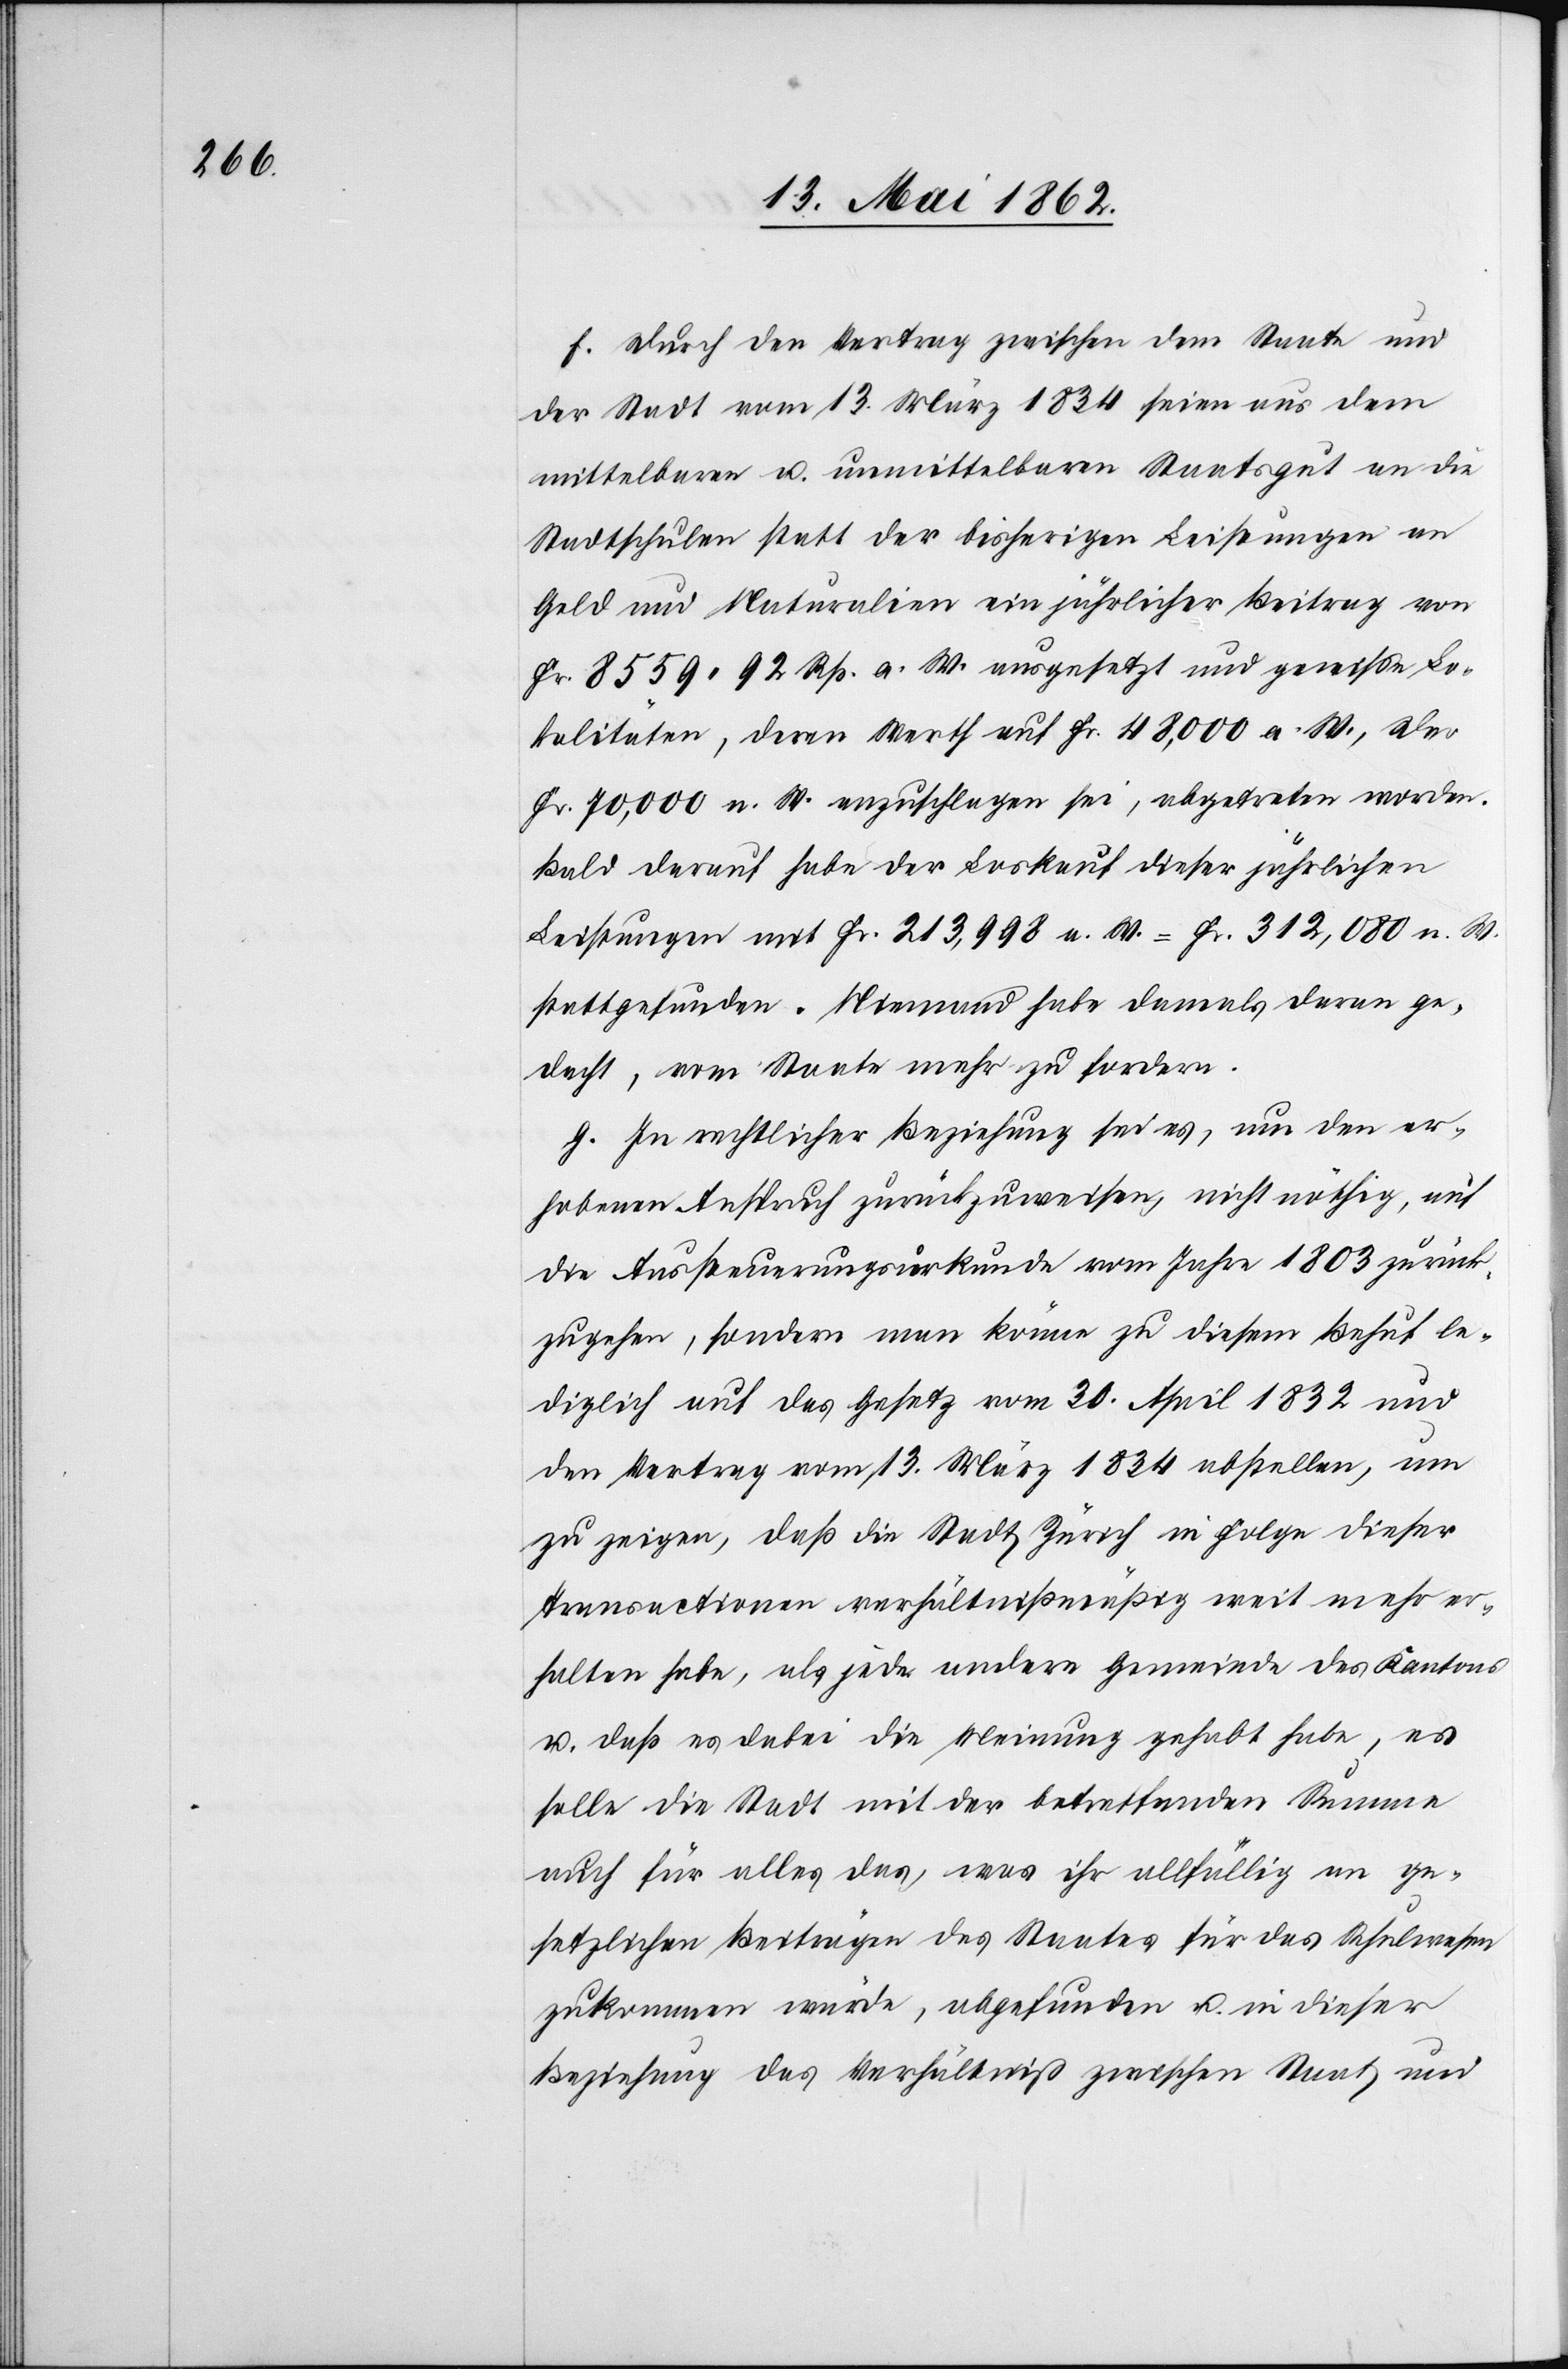
f. Durch den Vertrag zwischen dem Staate und
der Stadt vom 13. März 1834 seien aus dem
mittelbaren u. unmittelbaren Staatsgut an die
Stadtschulen statt der bisherigen Leistungen an
Geld und Naturalien ein jährlicher Beitrag von
Fr. 8559 92 Rp. a. W. ausgesetzt und gewisse Lo¬
kalitäten, deren Werth auf Fr. 48,000 a. W., der
Fr. 70,000 n. W. anzuschlagen sei, abgetreten worden.
Bald darauf habe der Loskauf dieser jährlichen
Leistungen mit Fr. 213,998 a. W. = Fr. 312,080 n. W.
stattgefunden. Niemand habe damals daran ge¬
dacht, vom Staate mehr zu fordern.
g. In rechtlicher Beziehung sei es, um den er¬
hobenen Anspruch zurückzuweisen, nicht nöthig, auf
die Aussteuerungsurkunde vom Jahre 1803 zurück¬
zugehen, sondern man könne zu diesem Behuf le¬
diglich auf das Gesetz vom 30. April 1832 und
den Vertrag vom 13. März 1834 abstellen, um
zu zeigen, daß die Stadt Zürich in Folge dieser
Transactionen verhältnißmäßig weit mehr er¬
halten habe, als jede andere Gemeinde des Kantons
u. daß es dabei die Meinung gehabt habe, es
solle die Stadt mit der betreffenden Summe
auch für alles das, was ihr allfällig an ge¬
setzlichen Beiträgen des Staates für das Schulwesen
zukommen würde, abgefunden u. in dieser
Beziehung das Verhältniß zwischen Staat und